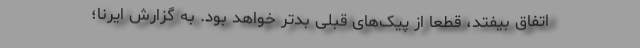
اتفاق بیفتد، قطعا از پیک‌های قبلی بدتر خواهد بود. به گزارش ایرنا؛